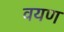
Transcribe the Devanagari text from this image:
वयण